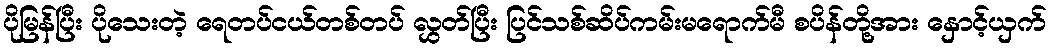
ပိုမြန်ပြီး ပိုသေးတဲ့ ရေတပ်ငယ်တစ်တပ် လွှတ်ပြီး ပြင်သစ်ဆိပ်ကမ်းမရောက်မီ စပိန်တို့အား နှောင့်ယှက်